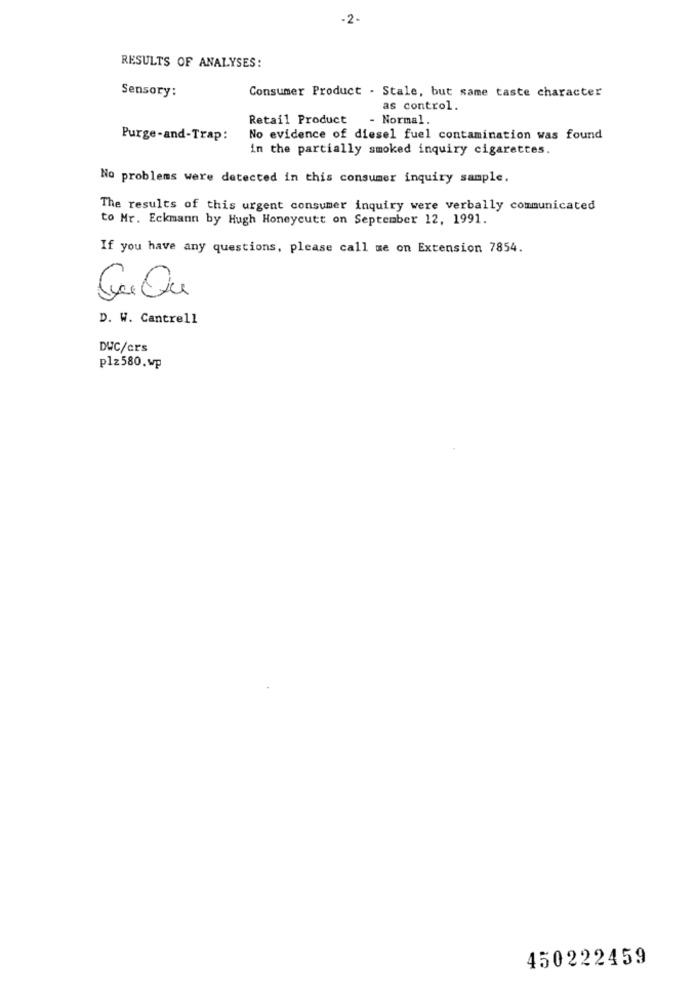
-2.
RESULTS OF ANALYSES:
Sensory:
Consumer Product - Stale, but same taste character
as control.
Retail Product
- Normal.
Purge-and-Trap:
No evidence of diesel fuel contamination was found
in the partially smoked inquiry cigarettes.
No problems were detected in this consumer inquiry sample.
The results of this urgent consumer inquiry were verbally communicated
to Mr. Eckmann by Hugh Honeycutt on September 12, 1991.
If you have any questions, please call me on Extension 7854.
D. W. Cantrell
DWC/crs
plz580.wp
450222459